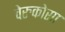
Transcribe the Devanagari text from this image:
वेरुकोसा